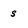
Character: s